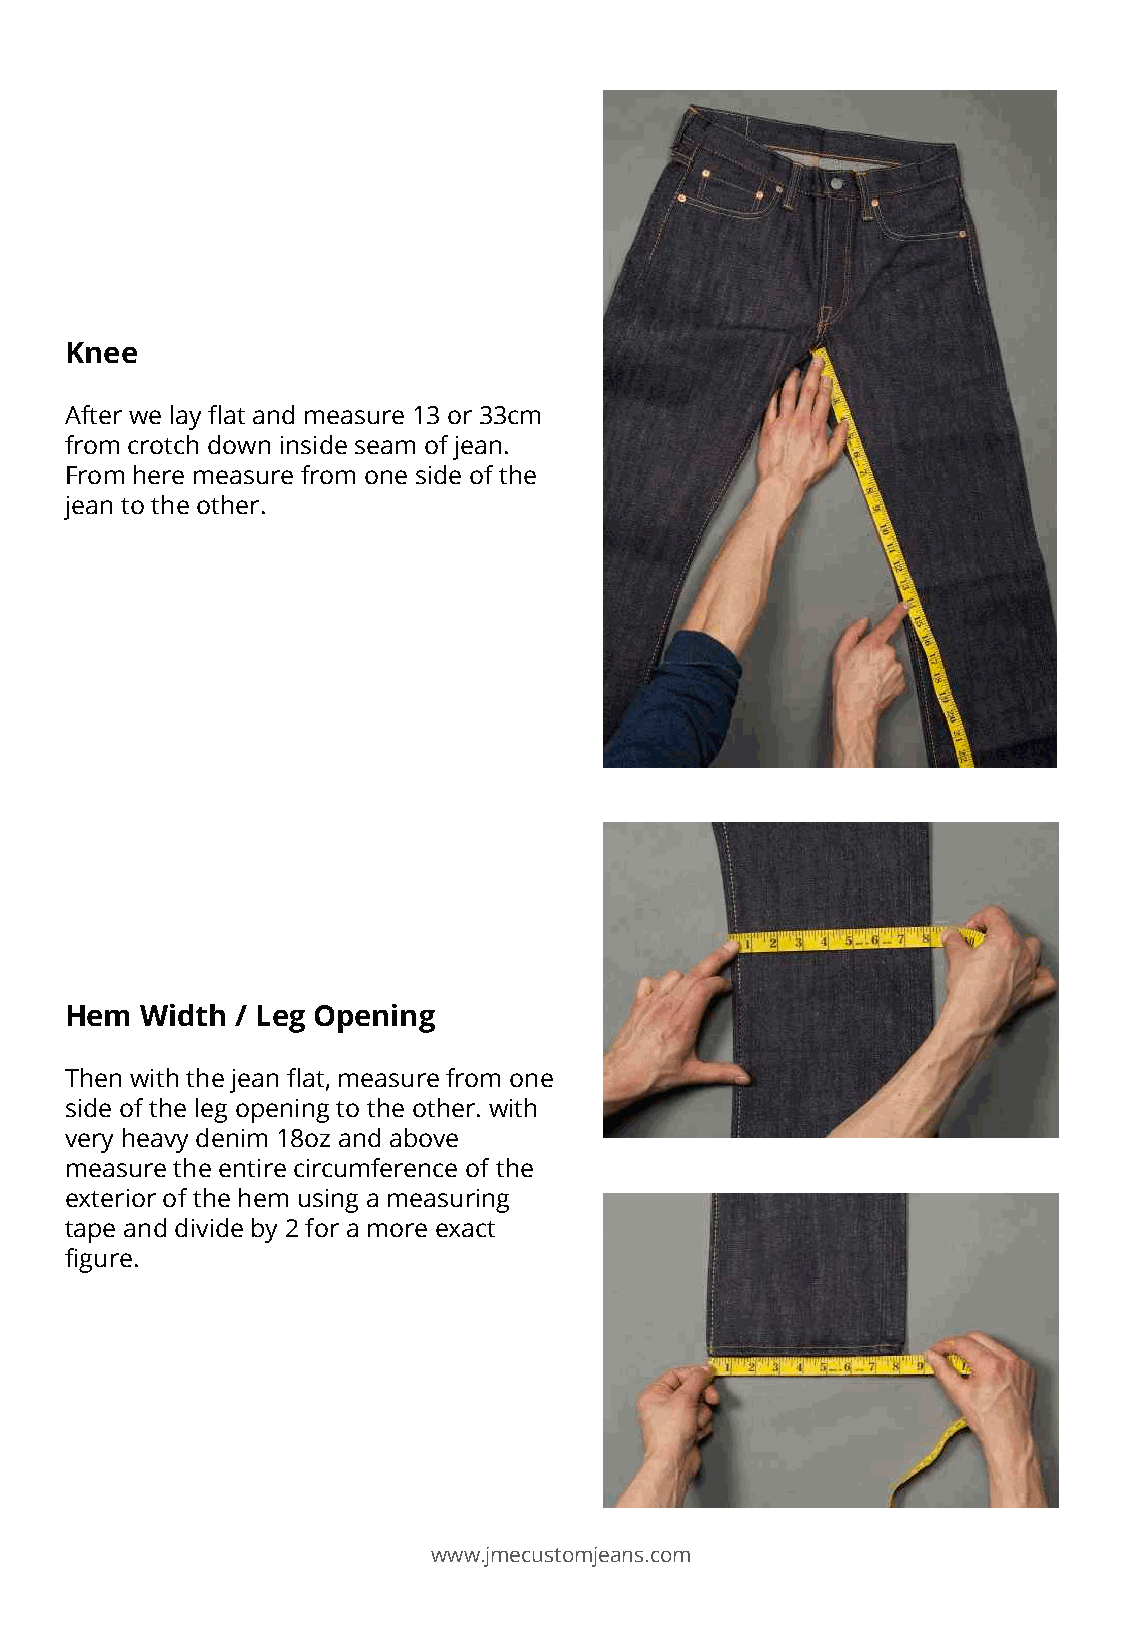
Knee
 After we lay flat and measure 13 or 33cm
 from crotch down inside seam of jean.
 From here measure from one side of the
 jean to the other.
 Hem  Width  / Leg Opening
 Then with the jean flat, measure from one
 side of the leg opening to the other. with
 very heavy denim 18oz and above
 measure the entire circumference of the
 exterior of the hem using a measuring
 tape and divide by 2 for a more exact
 figure.
 www.jmecustomjeans.com